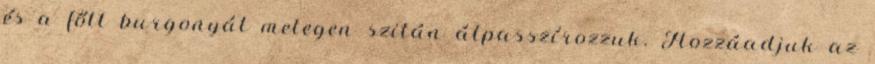
és a főtt burgonyát melegen szitán átpasszírozzuk. Hozzáadjuk az